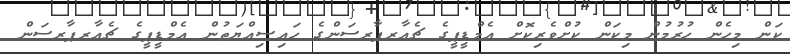
ކަން މިހެން ހުރުމުން މިކަން ކުށްވެރިކޮށް އެމްޑީޕީގެ ޗެއާރޕާރސަންގެ ހައިސިއްޔަތުން އެމްޑީޕީގެ ޗެއާރޕާރސަން